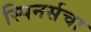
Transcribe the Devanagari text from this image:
स्पिनर्सचा